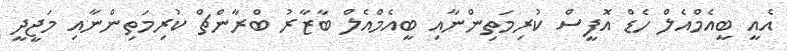
އެއީ ބީއެމްއެލް ހެޑް އޮފީސް ކުރިމަތިންނާއި ބީއެމްއެލް ބާޒާރު ބްރާންޗް ކުރިމަތިންނާއި މަޖީދީ